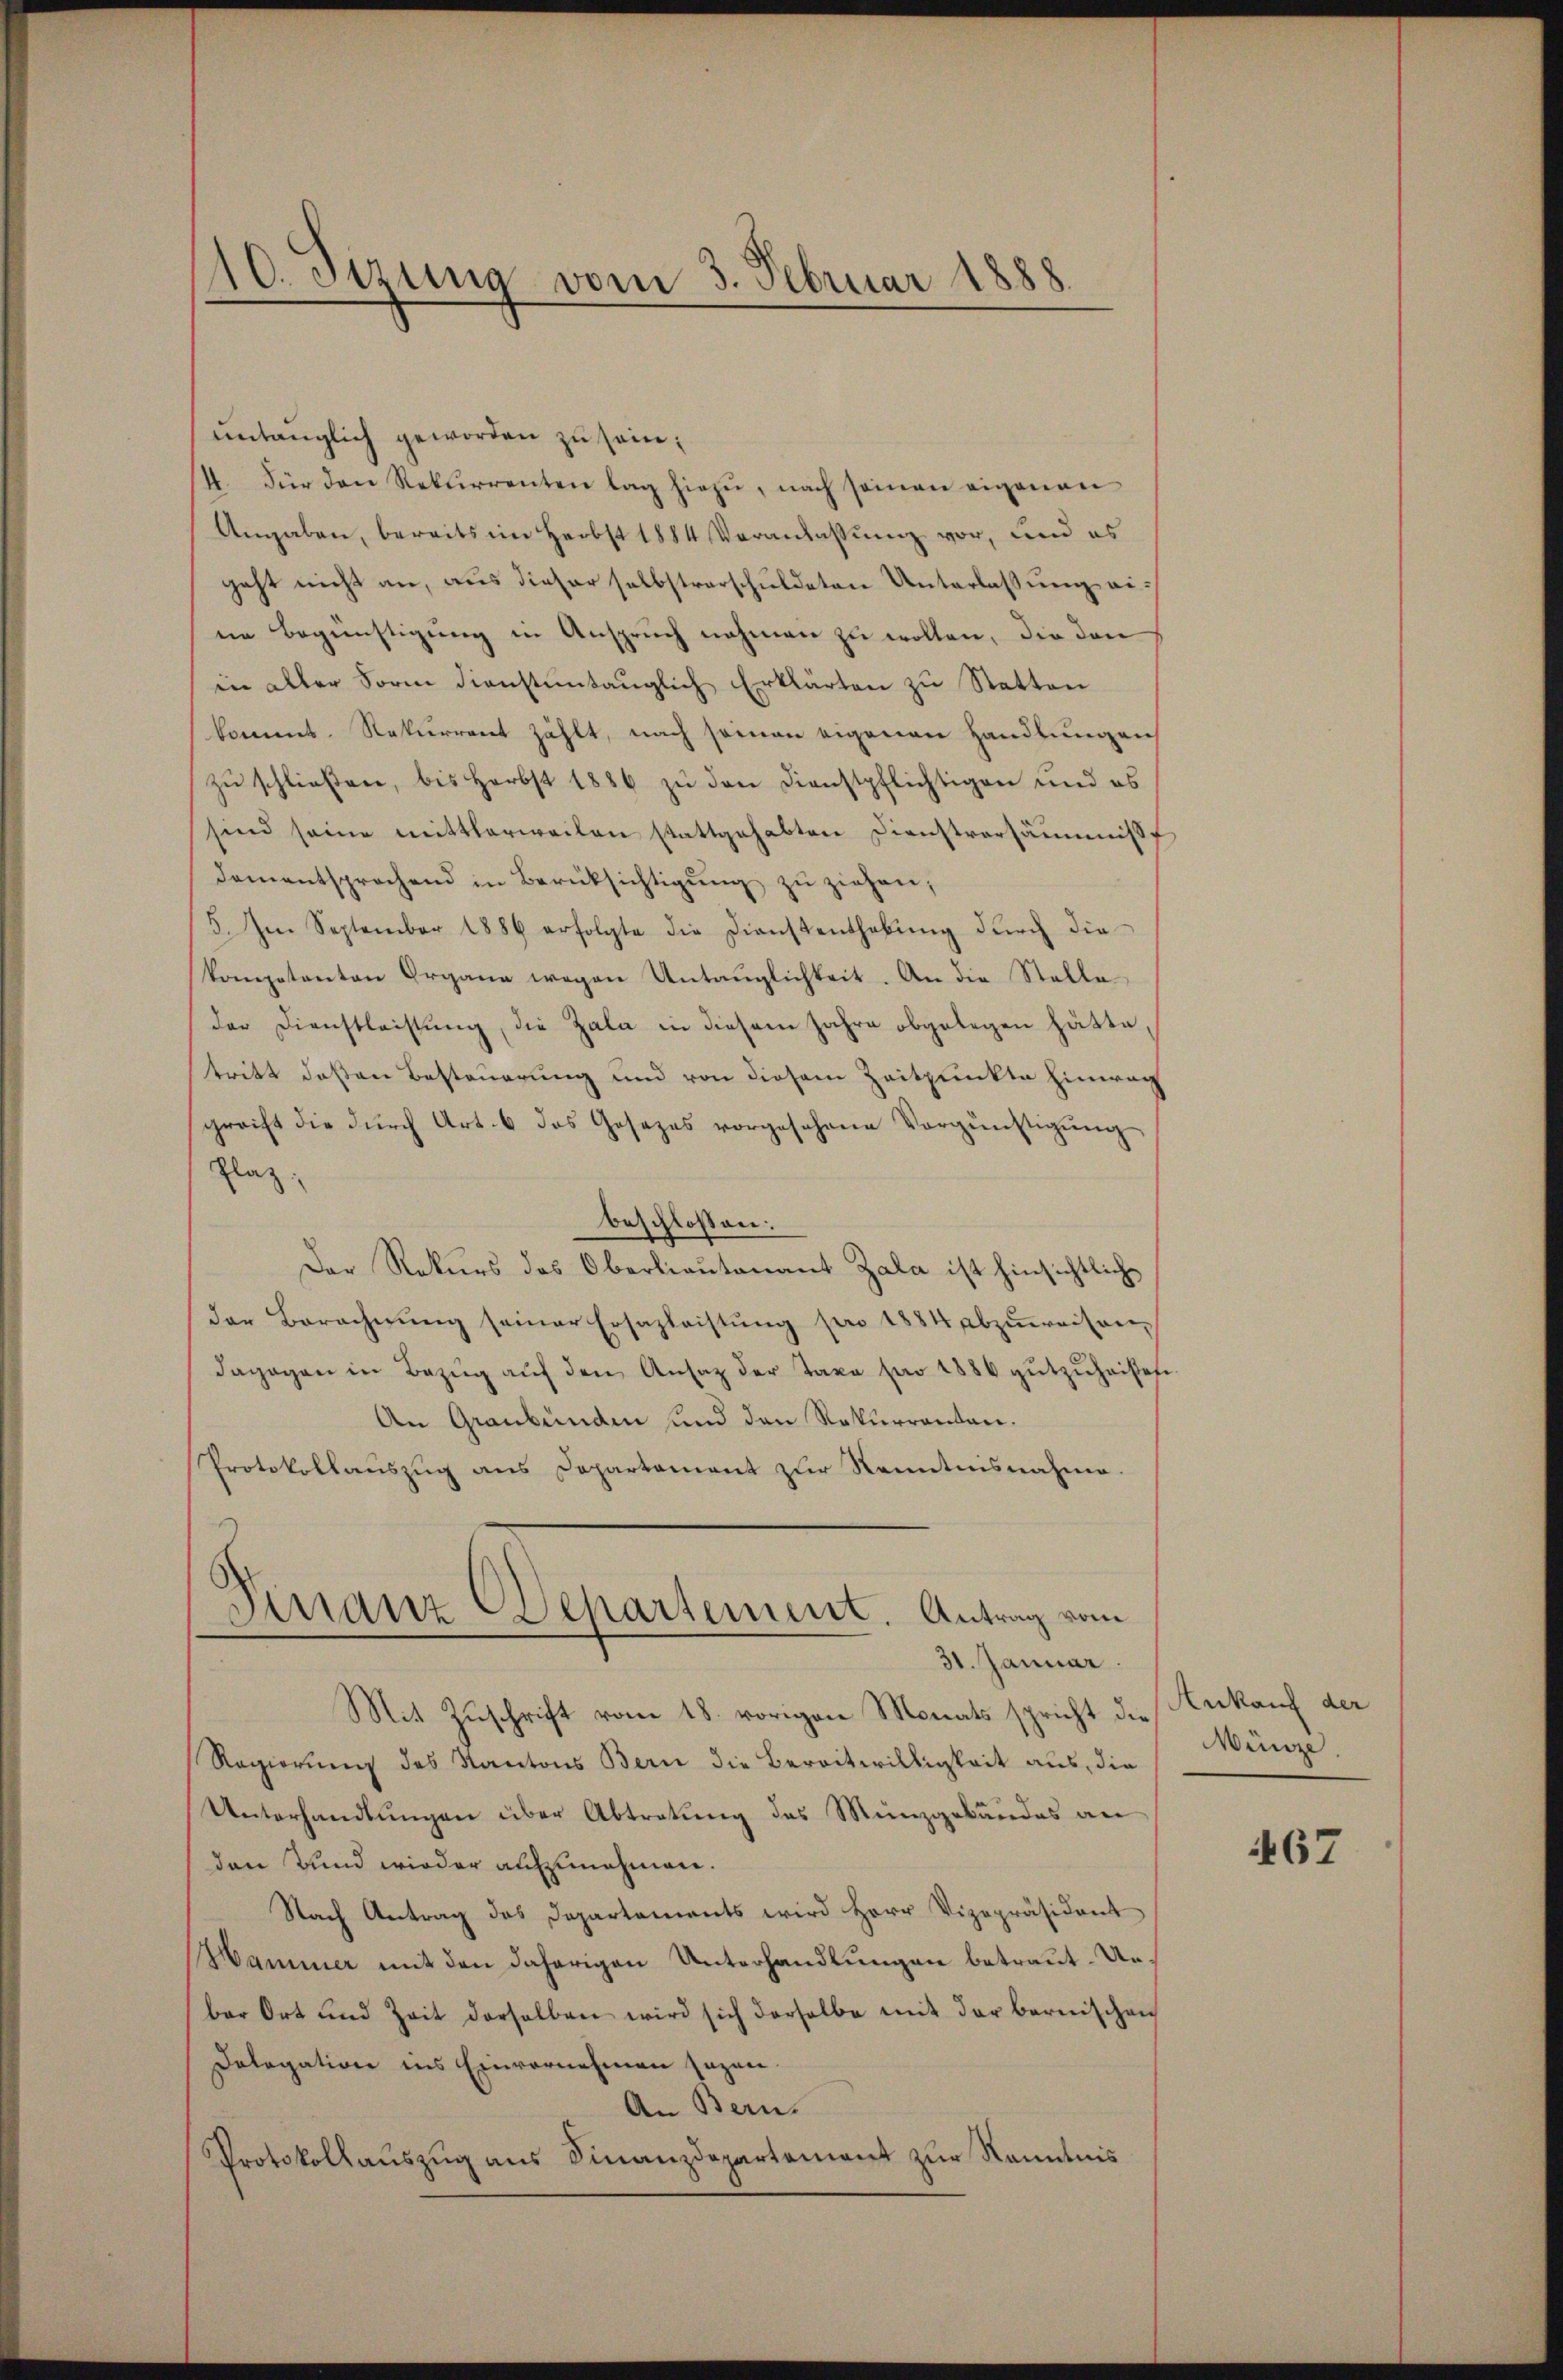
entänglich geworden zu sein;
14. Für den Rekurrenten lag hiezŭ, nach seinen eigenen
Angaben, bereits im Herbst 1884 Veranlassung vor, und es
geht nicht an, aus dieser selbstverschuldeten Unterlassung eine Begünstigŭng in Anspruch nehmen zu wollen, die den
in aller Form dienstentänglich Erklärten zu Statten
kommt. Rekurrent zählt, nach seinen eigenen Handlungen
zu schließen, bis Herbst 1886 zu den Dienstpflichtigen und es
sind seine mittlerweilen stattgehabten Dienstversäumise
dementsprachend in Berüksichtigŭng zu ziehen;
5. Im September 1886 erfolgte die Dienstenthebŭng dŭrch die
kompetenten Organe wegen Untauglichkeit. An die Stalleder Dienstleistung, die Zala in diesem Jahre abgelegen hätte,
tritt deßen Besteuerung und von diesem Zeitpunkte hinweg
greift die dŭrch Art. 6 das Gesezes vorgesehene Vergünstigŭng
Plaz:
beschlossen:
Der Rekurs des Oberlieutenant Zala ist hinsichtliche
der Berechnŭng seiner Ersazleistŭng pro 1884 abzuweisen-
dagegen in Bezŭg aŭf den Ansatz der Taxa pro 1886 gŭtzŭhaistete
An Graubünden und den Rekurrenten.
Protokollaŭszŭg ans Departement zŭr Kenntnisnahme.
d
Finanz Departement. Antrag vom

110. Sizung vom 3. Februar 1888.

31. Januar.
Mit Zuschrift vom 18. vorigen Monats spricht die

Regierung des Kantons Bern die Bereitwilligkeit aus, die
Unterhandlungen über Abtretung des Münzgebäudes an
den Bund wieder aufzunehmen.
Nach Antrag das Departements wird Herr Vizepräsident
Hammer mit den daherigen Unterhandlungen betraut. Unber Ort und Zeit derselben wird sich derselbe mit der bernischen
Dologation ins Einvernehmen sagen.
An Bern.
Protokollauszug aus Finanzdepartement zur Kenntnis

Ankauf der
Münze.

467